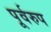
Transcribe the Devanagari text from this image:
पूर्वरुप